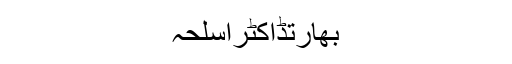
بھارتڈاکٹراسلحہ